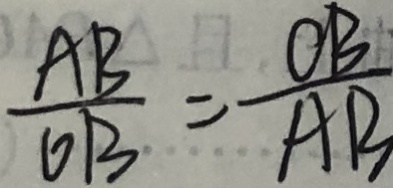
\frac { A B } { O B } = \frac { O B } { A B }